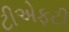
ટીએફટી